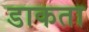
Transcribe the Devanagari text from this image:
डाकता